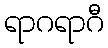
ရာဂရာဂီ